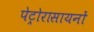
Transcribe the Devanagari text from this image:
पेट्रोरासायनों